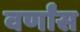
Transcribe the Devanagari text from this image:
वर्णांस